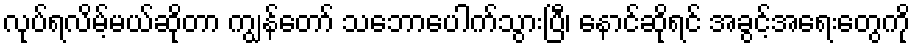
လုပ်ရလိမ့်မယ်ဆိုတာ ကျွန်တော် သဘောပေါက်သွားပြီ၊ နောင်ဆိုရင် အခွင့်အရေးတွေကို